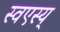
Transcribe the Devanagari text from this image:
स्वएस्य्